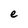
Character: e